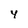
Character: Y